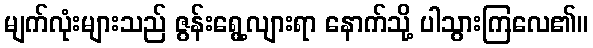
မျက်လုံးများသည် ဇွန်းရွေ့လျားရာ နောက်သို့ ပါသွားကြလေ၏။